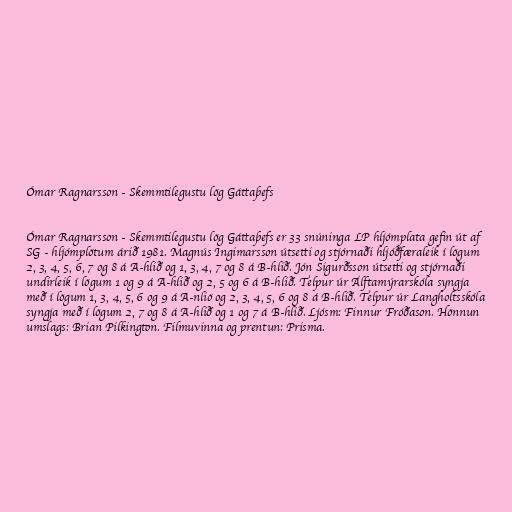
Ómar Ragnarsson - Skemmtilegustu lög Gáttaþefs

Ómar Ragnarsson - Skemmtilegustu lög Gáttaþefs er 33 snúninga LP hljómplata gefin út af
SG - hljómplötum árið 1981. Magnús Ingimarsson útsetti og stjórnaði hljóðfæraleik í lögum
2, 3, 4, 5, 6, 7 og 8 á A-hlið og 1, 3, 4, 7 og 8 á B-hlið. Jón Sigurðsson útsetti og stjórnaði
undirleik í lögum 1 og 9 á A-hlið og 2, 5 og 6 á B-hlið. Telpur úr Álftamýrarskóla syngja
með í lögum 1, 3, 4, 5, 6 og 9 á A-nliö og 2, 3, 4, 5, 6 og 8 á B-hlið. Telpur úr Langholtsskóla
syngja með í lögum 2, 7 og 8 á A-hlið og 1 og 7 á B-hlið. Ljósm: Finnur Fróðason. Hönnun
umslags: Brian Pilkington. Filmuvinna og prentun: Prisma.